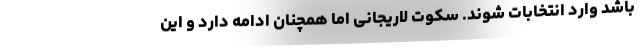
باشد وارد انتخابات شوند. سکوت لاریجانی اما همچنان ادامه دارد و این